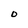
Character: D